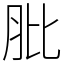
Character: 肶